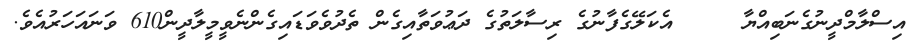
އިސްލާމްދީނުގެނަބިއްޔާ     އެކަލޭގެފާނުގެ ރިސާލަތުގެ ދަޢުވަތާއިގެން ތެދުވެވަޑައިގެންނެވީމީލާދީން610 ވަނައަހަރުއެވެ.